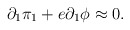
\begin{align*}\partial _{1}\pi _{1}+e\partial _{1}\phi \approx 0. \end{align*}